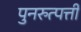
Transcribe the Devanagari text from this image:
पुनरुत्पत्ती